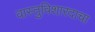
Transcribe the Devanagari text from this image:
वास्तुविशारदाचा